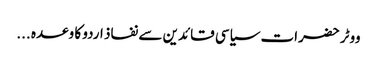
ووٹر حضرات سیاسی قائدین سے نفاذ اردو کا وعدہ ...